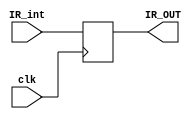
//INSTRUCCION REGISTER

module IR(
input clk,
  input  [15:0] IR_int,     //input PC_load,
  output [15:0] IR_OUT     //Direccin a ejecutar
);
  parameter delay=30;
  reg [15:0] IR_inst;

always @(posedge clk)
begin
  IR_inst=IR_int[15:0];
end
assign #delay IR_OUT = IR_inst;
endmodule